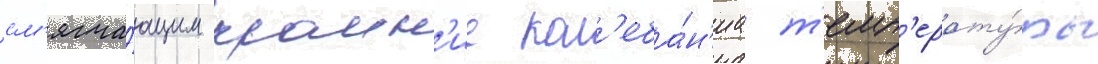
см'ягча́ющим краин'ие кол'еба́н'иа т'емп'ерату́ры